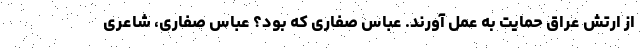
از ارتش عراق حمایت به عمل آورند. عباس صفاری که بود؟ عباس صفاری، شاعری